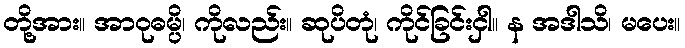
တို့အား။ အာဝုဓမ္ပိ၊ ကိုလည်း။ ဆုပိတုံ၊ ကိုင်ခြင်းငှါ။ န အဒါသိ၊ မပေး။